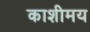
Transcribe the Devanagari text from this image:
काशीमय